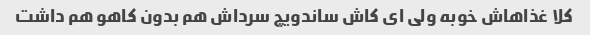
کلا غذاهاش خوبه ولی ای کاش ساندویچ سرداش هم بدون کاهو هم داشت